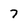
Character: 7